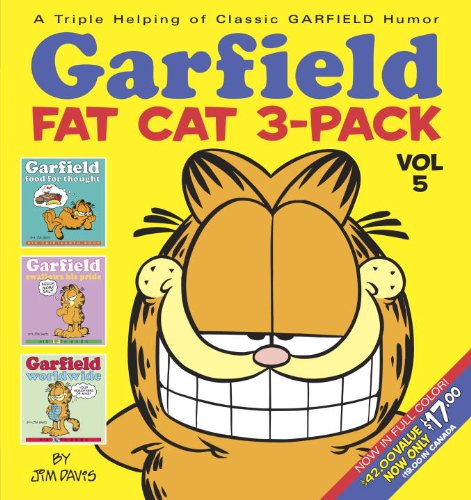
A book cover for Garfield Fat Cat 3-Pack #5; Jim Davis; Humor & Entertainment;